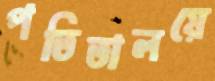
পতিতালয়ে